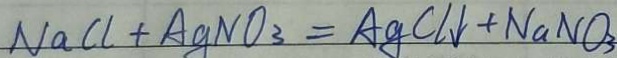
N a C l + A g N O _ { 3 } = A g C l \downarrow + N a N O _ { 3 }